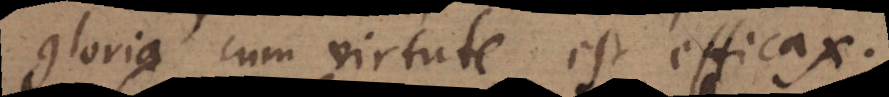
gloria cum virtute est efficax,